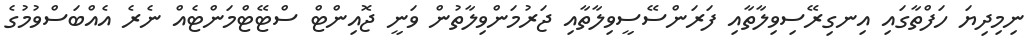
ނިމިދިޔަ ހަފްތާގައި އިނގިރޭސިވިލާތާއި ފަރަންސޭސީވިލާތާއި ޖަރުމަންވިލާތުން ވަނީ ޖޮއިންޓް ސްޓޭޓްމަންޓެއް ނެރެ އެއްބަސްވުމުގެ